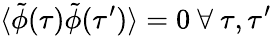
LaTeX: \langle\tilde{\phi}(\tau)\tilde{\phi}(\tau^{\prime})\rangle=0\mathrm{~}\forall\mathrm{~}\tau,\tau^{\prime}